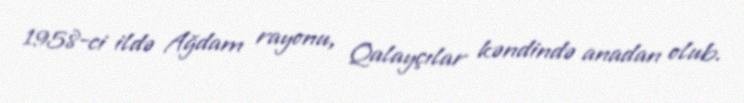
1958-ci ildə Ağdam rayonu, Qalayçılar kəndində anadan olub.